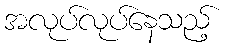
အလုပ်လုပ်နေသည့်